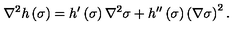
\nabla ^ { 2 } h \left( \sigma \right) = h ^ { \prime } \left( \sigma \right) \nabla ^ { 2 } \sigma + h ^ { \prime \prime } \left( \sigma \right) \left( \nabla \sigma \right) ^ { 2 } .